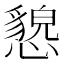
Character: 㦝